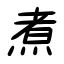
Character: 煮